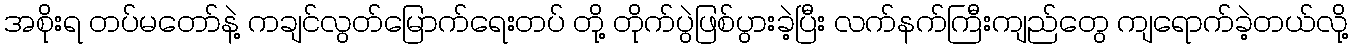
အစိုးရ တပ်မတော်နဲ့ ကချင်လွတ်မြောက်ရေးတပ် တို့ တိုက်ပွဲဖြစ်ပွားခဲ့ပြီး လက်နက်ကြီးကျည်တွေ ကျရောက်ခဲ့တယ်လို့